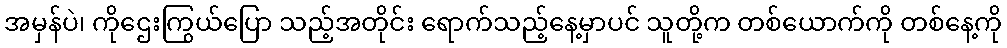
အမှန်ပဲ၊ ကိုဌေးကြွယ်ပြော သည့်အတိုင်း ရောက်သည့်နေ့မှာပင် သူတို့က တစ်ယောက်ကို တစ်နေ့ကို